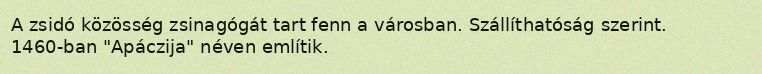
A zsidó közösség zsinagógát tart fenn a városban. Szállíthatóság szerint. 1460-ban "Apáczija" néven említik.